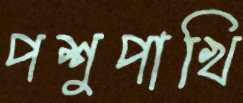
পশুপাখি